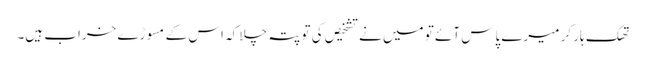
تھک ہار کر میرے پاس آئے تو میں نے تشخیص کی تو پتہ چلا کہ اس کے مسوڑے خراب ہیں۔